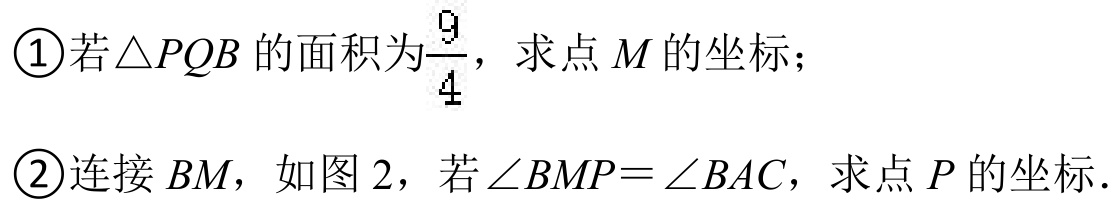
\textcircled{1}若\(\triangle PQB\)的面积为\(\dfrac{9}{4}\)，求点\(M\)的坐标；
\textcircled{2}连接\(BM\)，如图2，若\(\angle BMP = \angle BAC\)，求点\(P\)的坐标.